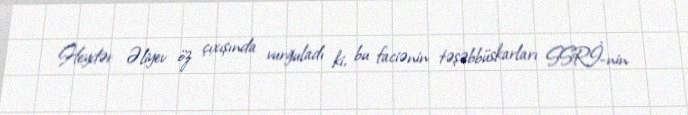
Heydər Əliyev öz çıxışında vurğuladı ki, bu faciənin təşəbbüskarları SSRİ-nin